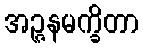
အဉ္ဇနမက္ခိတာ